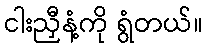
ငါးညှီနံ့ကို ရွံတယ်။